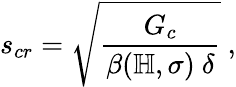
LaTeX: s_{cr}=\sqrt\frac{G_{c}}{\beta(\mathbb{H},\sigma)\ \delta}\ ,